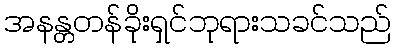
အနန္တတန်ခိုးရှင်ဘုရားသခင်သည်